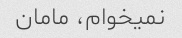
نمیخوام، مامان